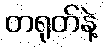
တရုတ်နဲ့